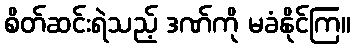
စိတ်ဆင်းရဲသည့် ဒဏ်ကို မခံနိုင်ကြ။